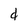
Character: d